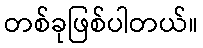
တစ်ခုဖြစ်ပါတယ်။